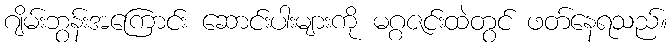
ဂျိမ်းဘွန်းအကြောင်း ဆောင်းပါးများကို မဂ္ဂဇင်းထဲတွင် ဖတ်နေရသည်။